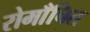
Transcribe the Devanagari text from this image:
रोमाँचित